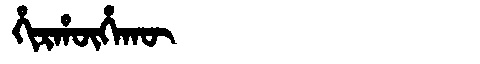
Manchu: ᡥᡳᡵᡥᡡᡥᠠᡴᡡ
Romanization: HIRHŪHAKŪ